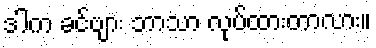
ဒါက ခင်ဗျား ဘာသာ လုပ်ထားတာလား။